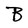
Character: B